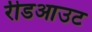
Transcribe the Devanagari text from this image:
रीडआउट